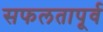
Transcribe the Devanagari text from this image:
सफलतापूर्व